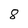
Character: 8